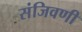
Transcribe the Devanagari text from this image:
संजिवणी